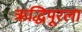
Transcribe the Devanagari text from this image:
ऋद्धिपूरला